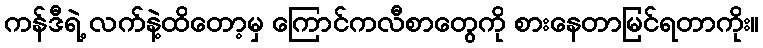
ကန်ဒီရဲ့ လက်နဲ့ထိတော့မှ ကြောင်ကလီစာတွေကို စားနေတာမြင်ရတာကိုး။